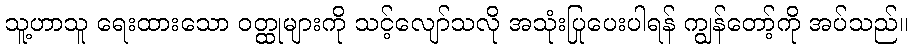
သူ့ဟာသူ ရေးထားသော ဝတ္ထုများကို သင့်လျော်သလို အသုံးပြုပေးပါရန် ကျွန်တော့်ကို အပ်သည်။